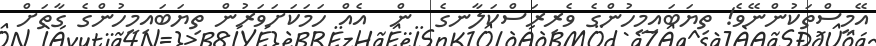
އޭމީސްތަކުންނޭވެ! ތިޔަބައިމީހުންގެ ވެރިރަސްކަލާނގެ  ން  އެއް ހަމަކަށަވަރުން ތިޔަބައިމީހުންގެ ގާތަށް